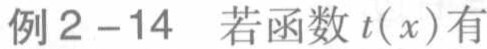
例2 - 14 若函数\(t(x)\)有